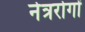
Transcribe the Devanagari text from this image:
नेत्ररोगों